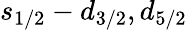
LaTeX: s_{1/2}-d_{3/2},d_{5/2}